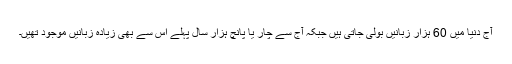
آج دنیا میں 60 ہزار زبانیں بولی جاتی ہیں جبکہ آج سے چار یا پانچ ہزار سال پہلے اس سے بھی زیادہ زبانیں موجود تھیں۔